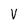
Character: V